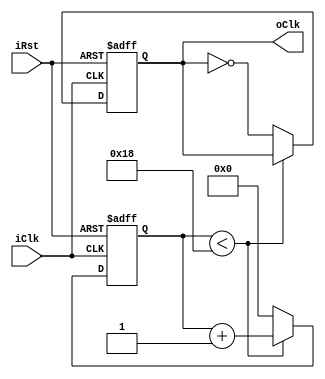
module divide_50
(
	iClk,
	iRst,
	oClk
);

input wire iClk, iRst;
output reg oClk = 1'b0;
reg [4:0] counter = 5'h0;

always @(posedge iClk or negedge iRst) begin
	
	if (~iRst) begin
		counter <= 5'b0;
		oClk <= 1'b0;
	end
	else if (counter < 5'd24) begin
		counter <= counter + 5'b1;
	end
	else begin
		oClk = ~oClk;
		counter <= 5'b0;
	end
end

endmodule